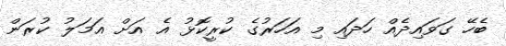
ބެހޭ ގަވައިދެއް ހަދައި މި އަހަރުގެ ކުރީކޮޅު އެ އަށް އަމަލު ކުރަން